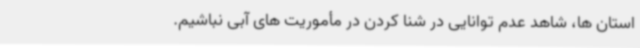
استان ها، شاهد عدم توانایی در شنا کردن در مأموریت های آبی نباشیم.